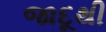
જાદૂથી